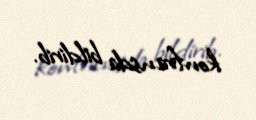
konfransda bildirib.